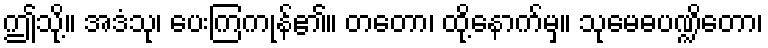
ဤသို့။ အဒံသု၊ ပေးကြကုန်၏။ တတော၊ ထို့နောက်မှ။ သုမေဓပဏ္ဍိတော၊